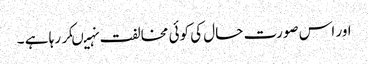
اور اس صورت حال کی کوئی مخالفت نہیںکر رہا ہے ۔